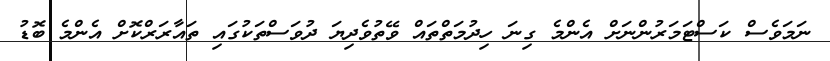
ނަމަވެސް ކަސްޓަމަރުންނަށް އެންމެ ގިނަ ހިދުމަތްތައް ވޭތުވެދިޔަ ދުވަސްތަކުގައި ތައާރަރްކޮށް އެންމެ ބޮޑު